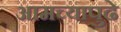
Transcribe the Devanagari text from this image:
आमच्यापुढे